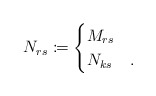
\begin{align*}N_{rs}\coloneqq \begin{cases}M_{rs}&\\N_{ks}&.\end{cases}\end{align*}